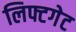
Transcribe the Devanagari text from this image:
लिफ्टगेट